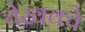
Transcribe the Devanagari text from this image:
चेखवचे